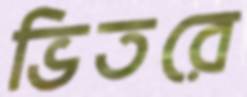
ভিতরে